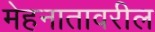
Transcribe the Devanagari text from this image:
मेहनातावरील